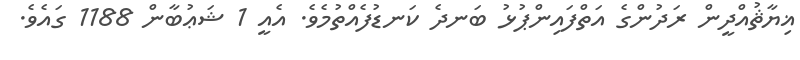
ޣިޔާޘުއްދީން ރަދުންގެ އަތްފައިންޕުޅު ބަނދެ ކަނޑުފެއްތުމެވެ. އެއީ 1 ޝަޢުބާން 1188 ގައެވެ.